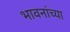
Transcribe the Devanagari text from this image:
भावनांच्या